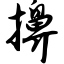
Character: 擤